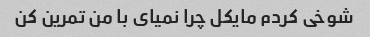
شوخی کردم مایکل چرا نمیای با من تمرین کن